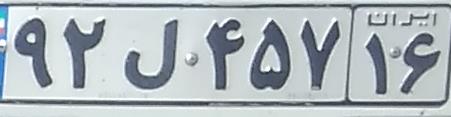
۹۲ل۴۵۷۱۶